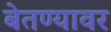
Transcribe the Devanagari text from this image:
बेतण्यावर